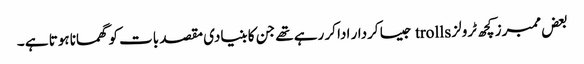
بعض ممبرز کچھ ٹرولز trolls جیسا کردار ادا کر رہے تھے جن کا بنیادی مقصد بات کو گھمانا ہوتا ہے ۔